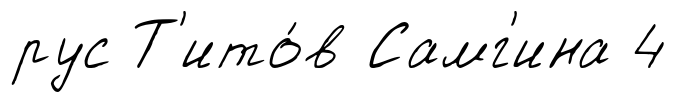
рус Т'ито́в Самг'ина 4